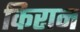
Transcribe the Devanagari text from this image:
किरान